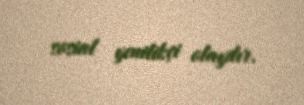
sosial yenilikçi olaydır.